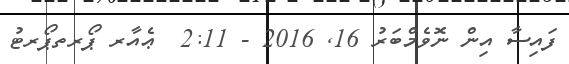
ފައިސާ އިން ނޮވެމްބަރު 16